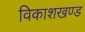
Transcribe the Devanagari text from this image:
विकाशखण्ड